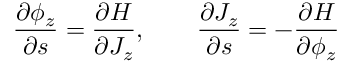
\frac { \partial \phi _ { z } } { \partial s } = \frac { \partial H } { \partial J _ { z } } , \qquad \frac { \partial J _ { z } } { \partial s } = - \frac { \partial H } { \partial \phi _ { z } }